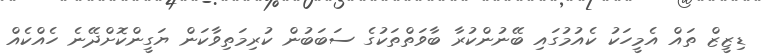
ޑިޒީޒް ތައް އެމީހަކު ކެއުމުގައި ބޭނުންކުރާ ބާވަތްތަކުގެ ސަބަބުން ކުރިމަތިވާކަން ޔަގީންކޮށްދޭނެ ހެއްކެއް